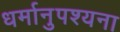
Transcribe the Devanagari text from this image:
धर्मानुपश्यना